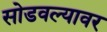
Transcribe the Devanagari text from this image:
सोडवल्यावर